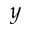
y